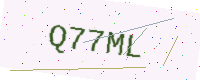
Text: Q77ML